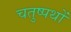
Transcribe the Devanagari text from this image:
चतुष्पथों